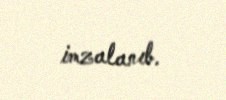
imzalanıb.